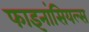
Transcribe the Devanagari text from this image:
फाइनांसियल्स